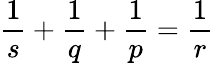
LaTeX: \frac{1}{s}+\frac{1}{q}+\frac{1}{p}=\frac{1}{r}